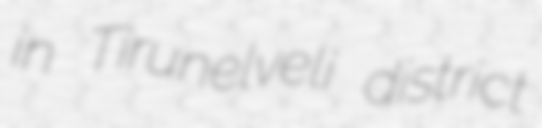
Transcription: in Tirunelveli district